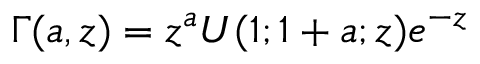
\begin{array} { r } { \Gamma ( a , z ) = z ^ { a } U ( 1 ; 1 + a ; z ) e ^ { - z } } \end{array}